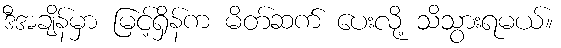
ဒီအချိန်မှာ မြင့်ရှိန်က မိတ်ဆက် ပေးလို့ သိသွားရမယ်။